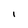
Character: I